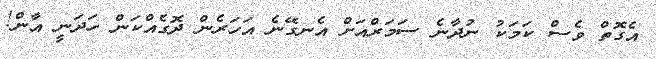
އެގޮތް ވެސް ކަމަކު ނުދާނެ ސަމަރްއަށް އެނގޭނެ އަހަރެން ދޮގެއްކަން ހަދަނީ އާން!